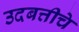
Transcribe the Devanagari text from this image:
उदबत्तीचे